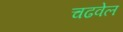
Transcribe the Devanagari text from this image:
चढवेल